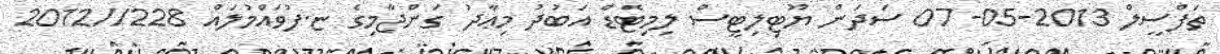
ތަފްސީލް 2013-05-07 ސަދަން ޔޫޓިލިޓީސް ލިމިޓެޑް އަބުދު މިޢާދު ގަންޖާމިގެ ޏ.ފުވައްމުލައް 228//2012